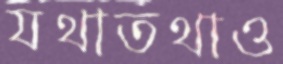
যথাতথাও